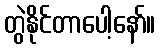
တွဲနိုင်တာပေါ့နော်။